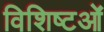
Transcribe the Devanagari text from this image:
विशिष्टओं